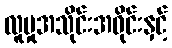
လူမှုအသိုင်းအဝိုင်းနှင့်